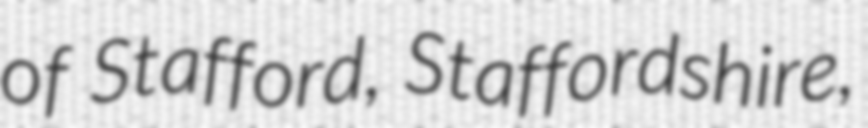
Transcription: of Stafford, Staffordshire,